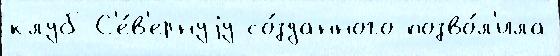
клуб С'е́в'ернуjу со́зданного позво́л'ила